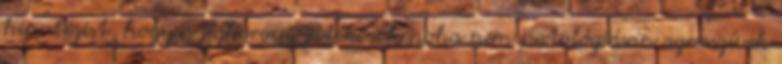
hipotézist, hogy a jégkorong játékosok noha nem patológiásan agresszívek